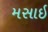
મસાઇ